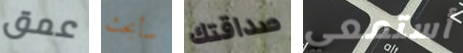
عمق سأبحث صداقتك أستمعي